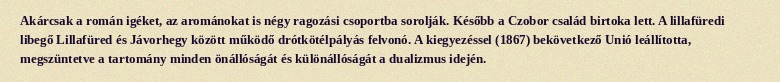
Akárcsak a román igéket, az arománokat is négy ragozási csoportba sorolják. Később a Czobor család birtoka lett. A lillafüredi libegő Lillafüred és Jávorhegy között működő drótkötélpályás felvonó. A kiegyezéssel (1867) bekövetkező Unió leállította, megszüntetve a tartomány minden önállóságát és különállóságát a dualizmus idején.